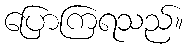
ပြောကြရသည်။